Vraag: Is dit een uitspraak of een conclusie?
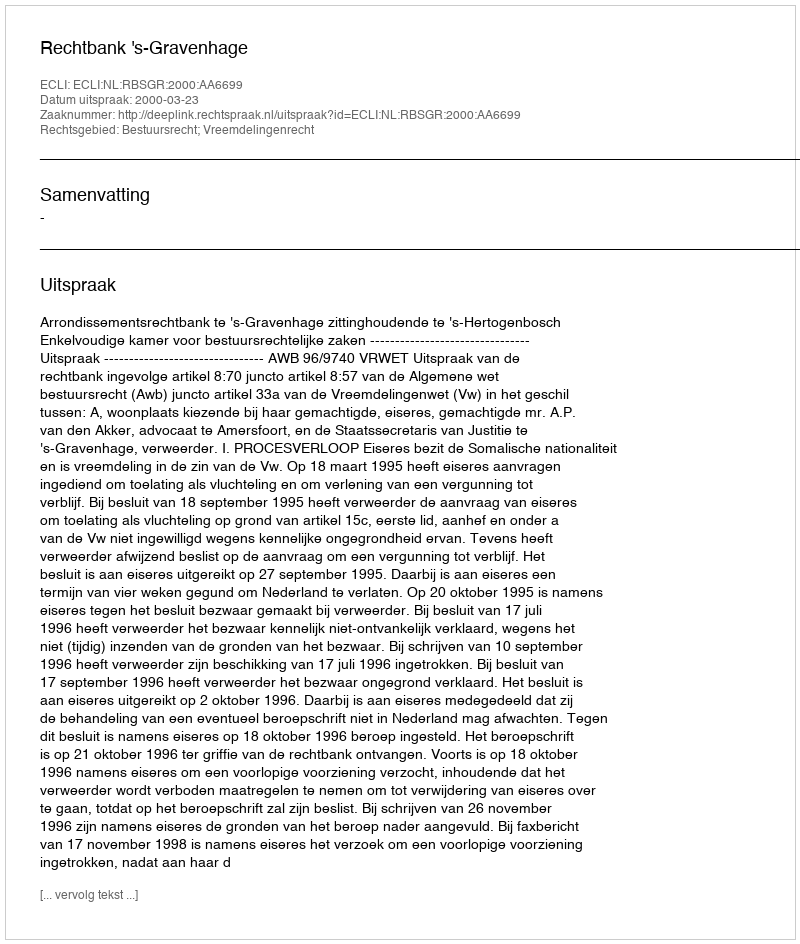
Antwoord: Uitspraak